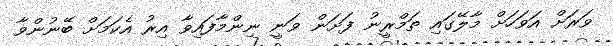
ވަރަށް އަވަހަށް މާލޭގައި ތަމްރީނު ފަށަން ވަނީ ނިންމާފައިވާ އިރު އެކަމަށް ބޭނުންވާ